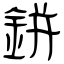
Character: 鉼